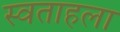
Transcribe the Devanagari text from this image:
स्वताहला